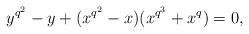
LaTeX: \begin{align*}y^{q^2}-y+(x^{q^2}-x)(x^{q^3}+x^q)=0,\end{align*}